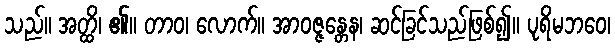
သည်။ အတ္ထိ၊ ၏။ တာဝ၊ လောက်။ အာဝဇ္ဇန္တေန၊ ဆင်ခြင်သည်ဖြစ်၍။ ပုရိမဘဝေ၊